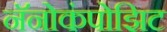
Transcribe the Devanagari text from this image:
नॅनोकंपोझिट